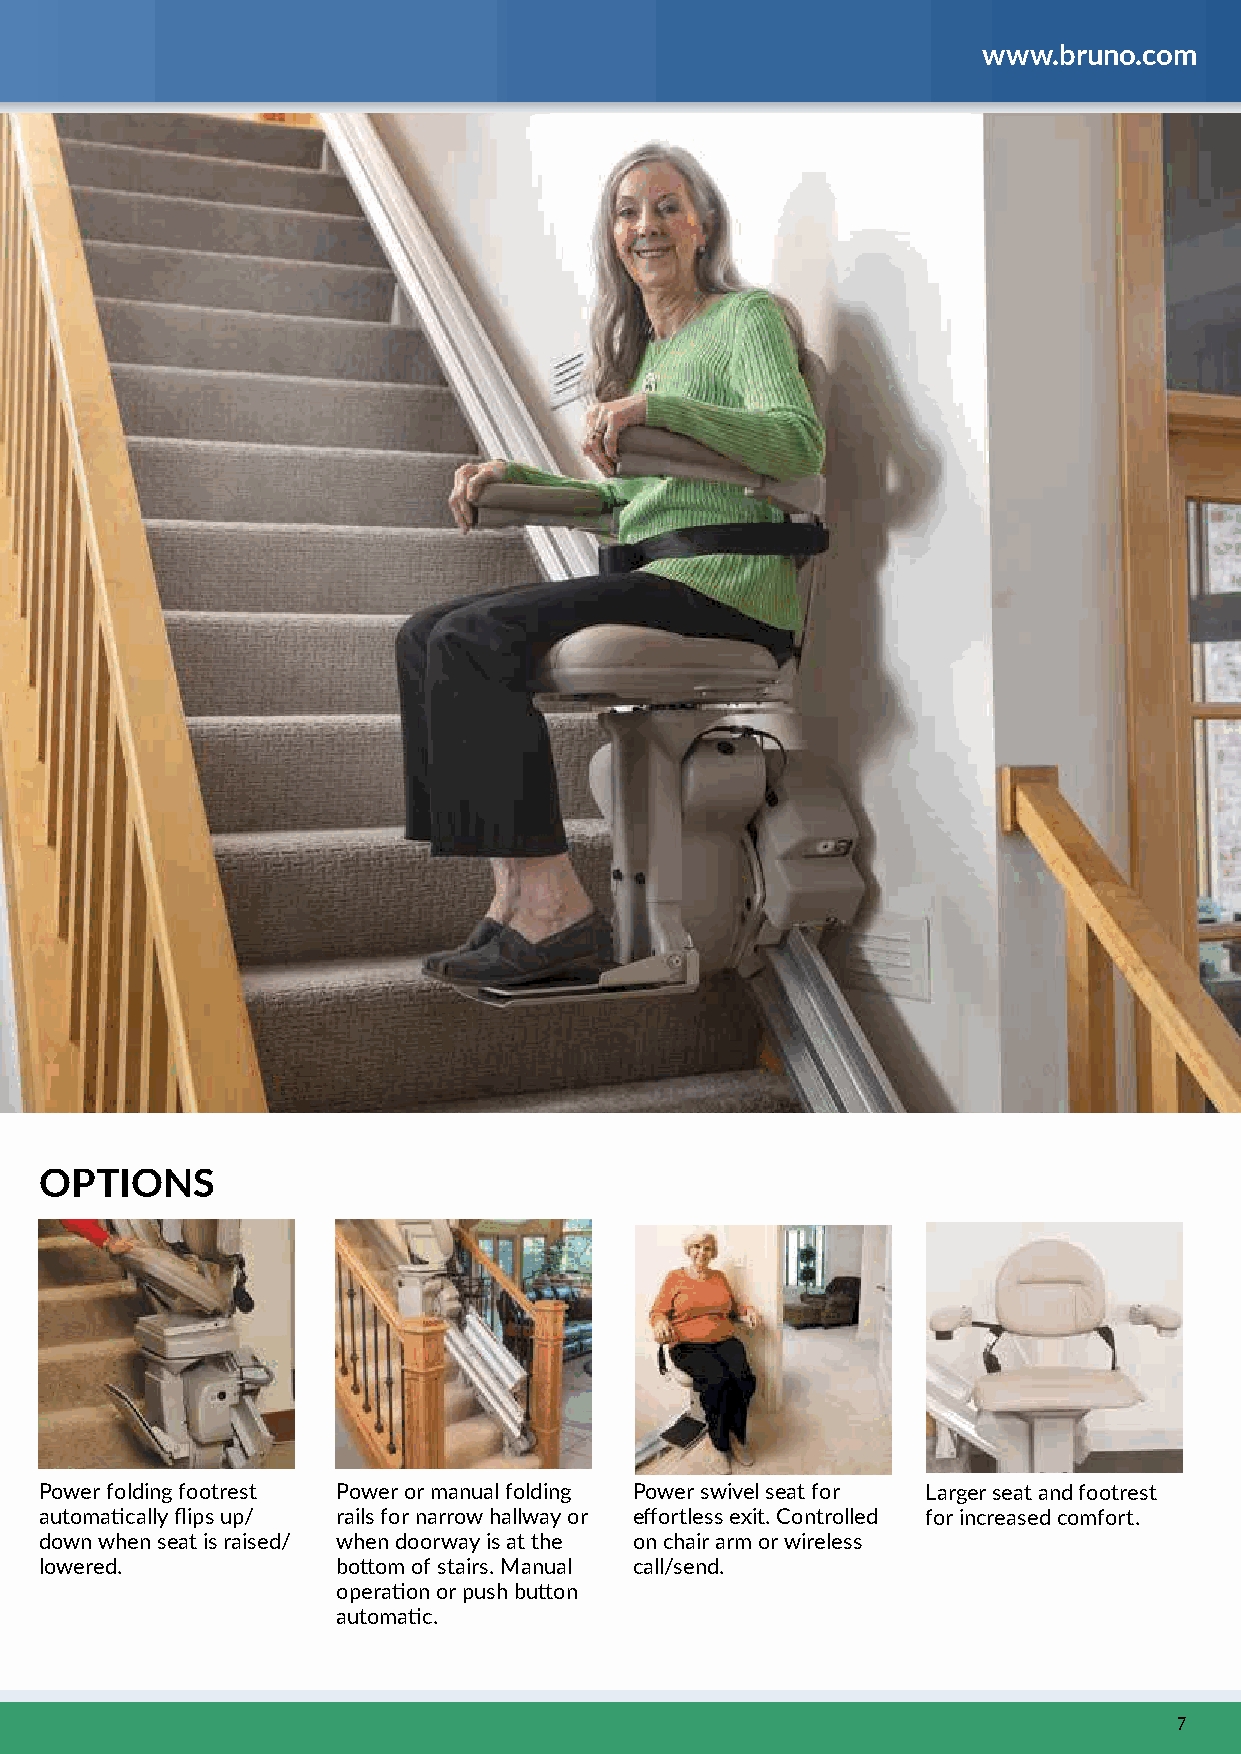
www.bruno.com
 OPTIONS
 Power folding footrest Power or manual folding Power swivel seat for Larger seat and footrest
 automatically flips up/ rails for narrow hallway or effortless exit. Controlled for increased comfort.
 down when seat is raised/ when doorway is at the on chair arm or wireless
 lowered.           bottom of stairs. Manual call/send.
 operation or push button
 automatic.
 7